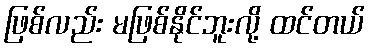
ဖြစ်လည်း မဖြစ်နိုင်ဘူးလို့ ထင်တယ်